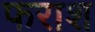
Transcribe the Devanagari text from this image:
फराश